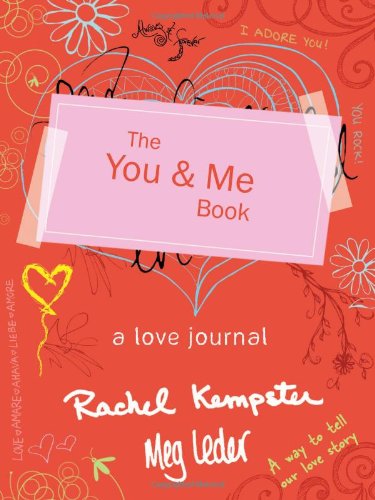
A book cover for The You and Me Book: A Love Journal; Rachel Kempster; Parenting & Relationships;